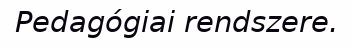
Pedagógiai rendszere.